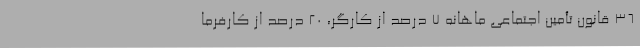
36 قانون تأمین اجتماعی ماهانه 7 درصد از کارگر، 20 درصد از کارفرما